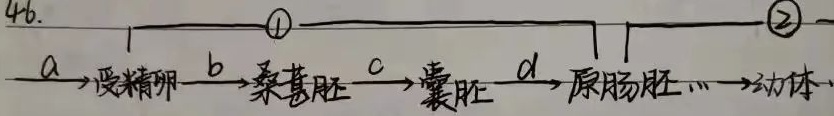
46. \(a \to 受精卵 \to b \to 桑葚胚 \to c \to 囊胚 \to d \to 原肠胚 \cdots \to 幼体\)
\(\begin{matrix}\textcircled{1}\\ \ \end{matrix}\)
\(\begin{matrix}\textcircled{2}\\ \ \end{matrix}\)